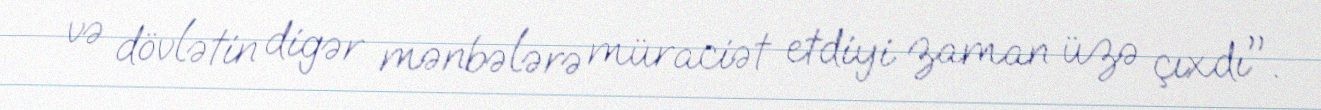
və dövlətin digər mənbələrə müraciət etdiyi zaman üzə çıxdı".